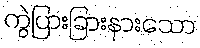
ကွဲပြားခြားနားသော